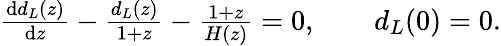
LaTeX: \begin{array}{r}{\frac{\mathrm{d}d_{L}(z)}{\mathrm{d}z}-\frac{d_{L}(z)}{1+z}-\frac{1+z}{H(z)}=0,\qquad d_{L}(0)=0.}\end{array}